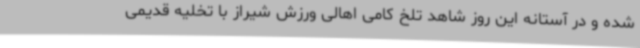
شده و در آستانه این روز شاهد تلخ کامی اهالی ورزش شیراز با تخلیه قدیمی